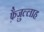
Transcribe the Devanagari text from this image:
फ़ैज़ुल्लाह